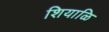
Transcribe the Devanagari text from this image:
शियाळि